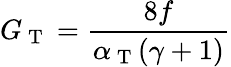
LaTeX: G_{\mathrm{~T~}}=\frac{8f}{\alpha_{\mathrm{~T~}}(\gamma+1)}